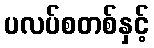
ပလပ်စတစ်နှင့်